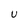
Character: U